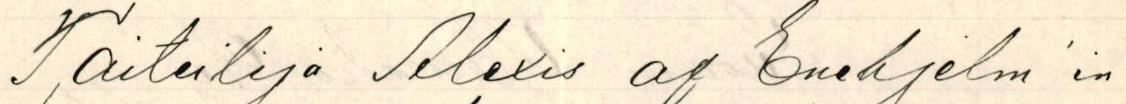
Taiteilija Alexis af Enehjelm'in